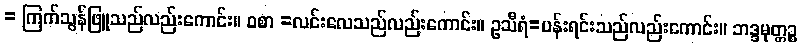
= ကြက်သွန်ဖြူသည်လည်းကောင်း။ ဝစာ =လင်းလေသည်လည်းကောင်း။ ဥသီရံ=ပန်းရင်းသည်လည်းကောင်း။ ဘဒ္ဒမုတ္တဉ္စ